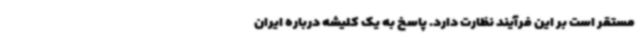
مستقر است بر این فرآیند نظارت دارد. پاسخ به یک کلیشه درباره ایران